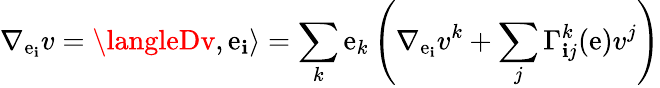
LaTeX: \nabla_{\mathrm{e}_{\mathbf{i}}}v=\langleDv,\mathrm{e}_{\mathbf{i}}\rangle=\sum_{k}\mathrm{e}_{k}\left(\nabla_{\mathrm{e}_{\mathbf{i}}}v^{k}+\sum_{j}\Gamma_{\mathbf{i}j}^{k}(\mathbf{{\mathrm{e}}})v^{j}\right)